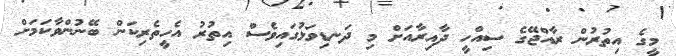
މީގެ އިތުރުން ރާއްޖޭގެ ސިއްހީ ދާއިރާއަށް މި ދަނޑިވަޅުގައިވެސް އިތުރު އެހީތެރިކަން ބޭނުންވާކަމަށް